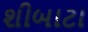
શીબાટા